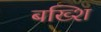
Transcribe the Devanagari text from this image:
बख्शि